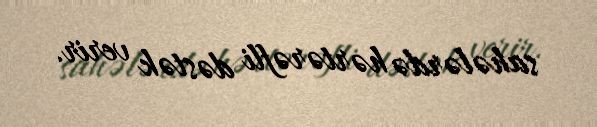
sahələrdə hərtərəfli dəstək verir.